Indian journal of veterinary science and animal husbandry - Volume 9,
Year: 1939
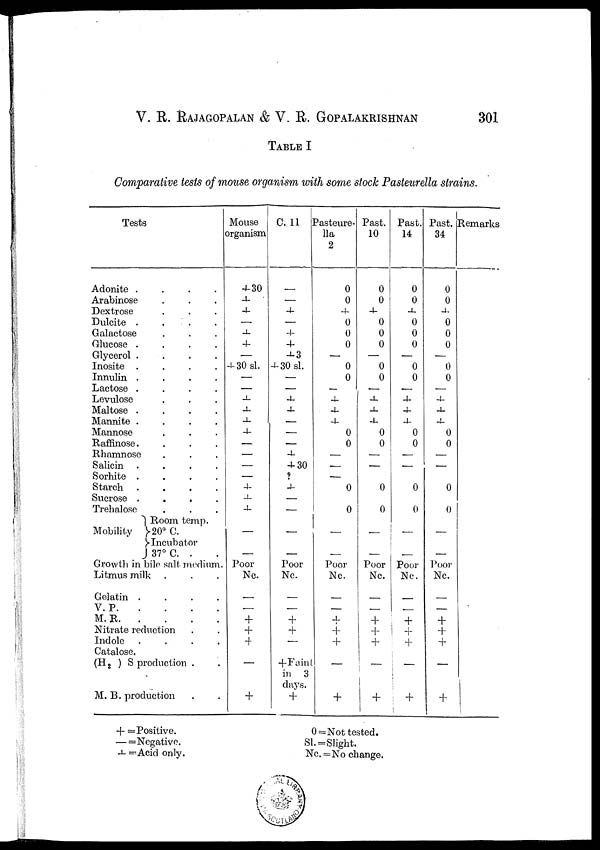
V. R. RAJAGOPALAN & V. R. GOPALKRISHNAN 301
TABLE I
Comparative tests of mouse organism with some stock Pasteurella strains.
Tests
Adonite . . . .
Arabinose . . .
Dextrose . . .
Dulcite . . . .
Galactose . . .
Glucose . . . .
Glycerol . . . .
Inosite . . . .
Innulin . . . .
Lactose . . . .
Levulose . . .
Maltose . . . .
Mannite . . . .
Mannose . . .
Raffinose. . . .
Rhamnose . . .
Salicin . . . .
Sorhite . . . .
Starch . . . .
Sucrose . . . .
Trehalose . . .
Mobility
Room
temp.
20°C.
Incubator
37°C.
Growth in bile salt
medium
.
Litmus milk . . .
Gelatin . . . .
V.P. . . . .
M.R. . . . .
Nitrate reduction . .
Indole . . . .
Catalose.
(H 2 ) S production . .
M. B. production . .
Mouse
organism
+30
+
+
—
+
+
—
+ 30 sl.
—
—
+
+
+
+
—
—
—
—
+
+
+
—
—
Poor
Nc.
—
—
+
+ +
—
+
C. 11
—
—
+
—
+
+
+3
+30 sl.
—
—
+
+
—
—
—
+
+30
?
+
—
—
—
—
Poor
Nc.
—
—
+
+
—
+ Faint
in 3
days.
+
Pasteure¬
lla
2
0
0
+
0
0
0
—
0
0
—
+
+
+
0
0
—
—
—
0
0
—
—
Poor
Nc.
—
—
+
+
+
+
Past.
10
0
0
+
0
0
0
—
0
0
—
+
+
+
0
0
—
—
0
0
—
—
Poor
Nc.
—
—
+
+
+
+
Past.
14
0
0
+
0
0
0
—
0
0
—
+
+
+
0
0
—
—
0
0
—
—
Poor
Nc.
—
—
+
+
+
+
Past.
34
0
0
+
0
0
0
—
0
0
—
+
+
+
0
0
—
—
0
0
—
—
Poor
Nc.
—
—
+
+
+
+
Remarks
+ = Positive.
— = Negative.
+ =Acid only.
0= Not tested.
Sl.=Slight.
Nc.=No change.